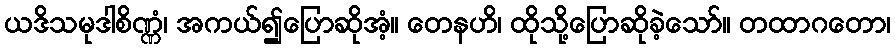
ယဒိသမုဒါစိဏ္ဏံ၊ အကယ်၍ပြောဆိုအံ့။ တေနဟိ၊ ထိုသို့ပြောဆိုခဲ့သော်။ တထာဂတော၊